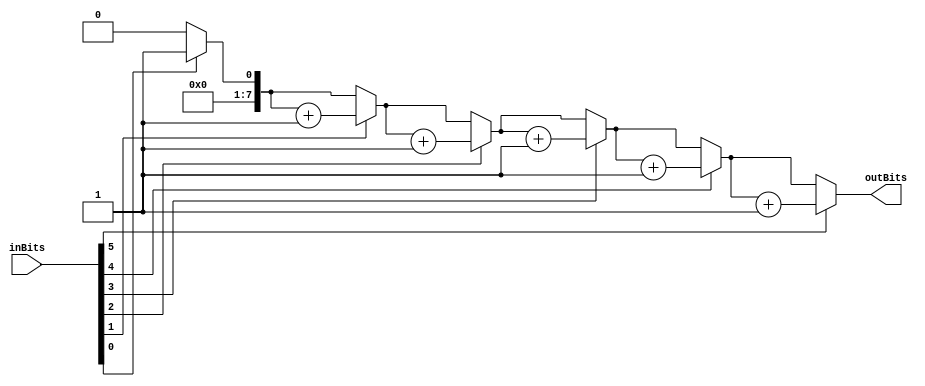
// T. Geissler
// Compile with iverilog -o encoder.vvp encoder.v encoder_tb.v 
// need to modify for new size that will be used

module Tallier (
    input [5:0] inBits,
    output reg [7:0] outBits
);

integer i;

always @(*) begin
    outBits = 0;
    
    for (i = 0; i < 6; i = i + 1) begin
        if (inBits[i] == 1'b1) begin
            outBits = outBits + 1;
        end
    end

end

endmodule